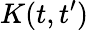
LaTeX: K(t,t^{\prime})